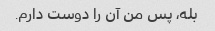
بله، پس من آن را دوست دارم.